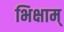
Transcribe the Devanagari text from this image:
भिक्षाम्